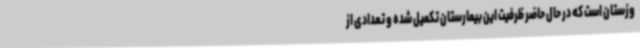
وزستان است که در حال حاضر ظرفیت این بیمارستان تکمیل شده و تعدادی از